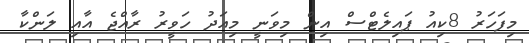
މިފަަހަރު 8ކިއު ޕައިލެޓްސް އިން މިވަނީ މިއަދު ހަވީރު ރާއްޖެ އާއި ލަންކާ